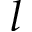
l